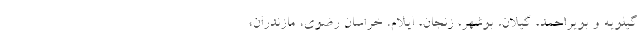
گیلویه و بویراحمد، گیلان، بوشهر، زنجان، ایلام، خراسان رضوی، مازندران،